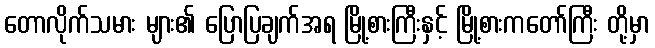
တောလိုက်သမား များ၏ ပြောပြချက်အရ မြို့စားကြီးနှင့် မြို့စားကတော်ကြီး တို့မှာ